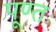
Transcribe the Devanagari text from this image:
पूण्तः